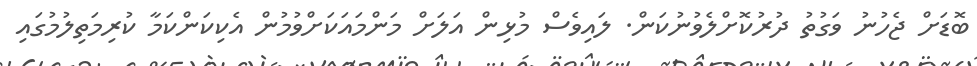
ބޮޑަށް ޖެހުނު ވަގުތު ދުރުކޮށްލެވުނުކަން. ލައިވެސް މުޅިން އަލަށް މަންމައަކަށްވުމުން އެކިކަންކަމާ ކުރިމަތިލުމުގައި